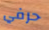
حرفي